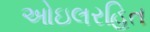
ઓઇલરહિત